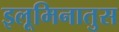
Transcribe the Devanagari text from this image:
इलूमिनातुस